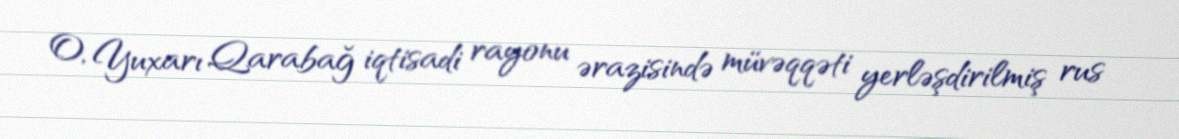
O, Yuxarı Qarabağ iqtisadi rayonu ərazisində müvəqqəti yerləşdirilmiş rus